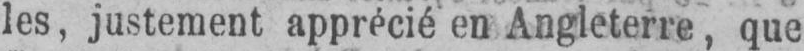
les, justement apprécié en Angleterre, que